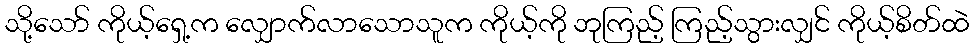
သို့သော် ကိုယ့်ရှေ့က လျှောက်လာသောသူက ကိုယ့်ကို ဘုကြည့် ကြည့်သွားလျှင် ကိုယ့်စိတ်ထဲ